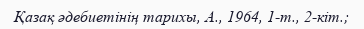
Қазақ әдебиетінің тарихы, А., 1964, 1-т., 2-кіт.;